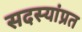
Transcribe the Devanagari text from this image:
सदस्यांप्रत